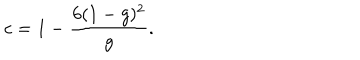
c = 1 - \frac { 6 ( 1 - g ) ^ { 2 } } { g } .